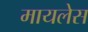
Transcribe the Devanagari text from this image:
मायलेस